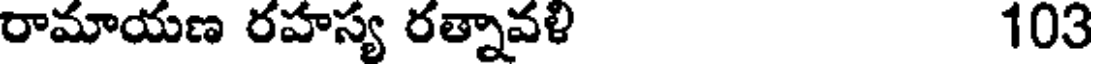
రామాయణ రహస్య రత్నావళి 103